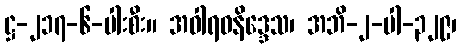
ဋ္ဌ-၂၁၇-၆-ပါးစီး။ အဝါရဝနိဒ္ဒေသ၊ အဘိ-၂-ပါ-၃၂၉၊